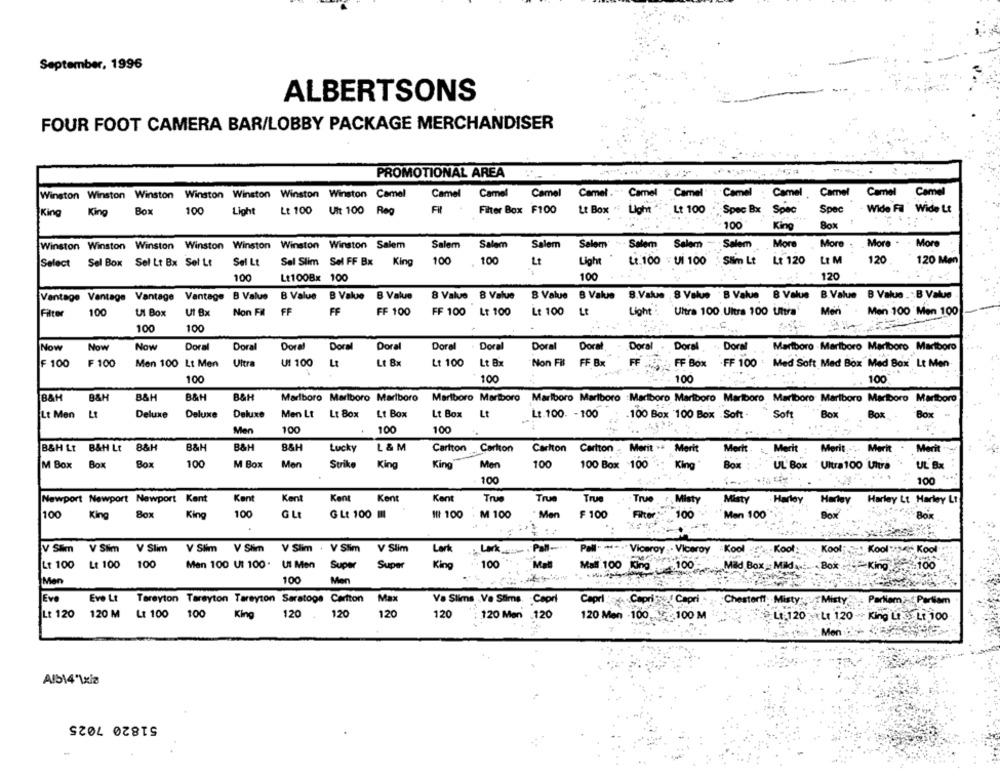
September, 1996
ALBERTSONS
FOUR FOOT CAMERA BAR/LOBBY PACKAGE MERCHANDISER
PROMOTIONAL AREA
Winston Winston Winston Winston Winston Winston Winston Camel
Camel
Camel
Camel Camel ." Camel "Camel : Camel : Camel , Camel Camel Camel
Box
100
Light Lt 100 Uit 100 Reg
Fil
Filter Box F100
Lt Box " Light " "Lt 100
Spec Bx Spec
Spec - Wide Fa Wide Lt
King
King
100
King
80%
Winston Winston Winston Winston Winston Winston Winston Salem
Salem
Salem
Salem Selem +- Salem Salem - Salem
More
More : More . . More
Select Sel Box Sel Lt Bx Sol Lt
Sel Lt Sal Slim Sel FF Bx King
100
100
Lt
Light
Lt 100 . UI 100
Slim Lt Lt 120
LE M
120
120 Men
100
Lt100Bx 100
100
120
Vantage Vantage Vantage Vantage B Value
B Value B Value
B Value
8 Value B Value
B Value B Value
8.Value . 8 Value . B Value B Value B.Value B Value .: B Value
100
UI Box
UI Bx
Non FI FF
FF
FF 100
FF 100 Lt 100
Lt 100 Lt
Light
Ultra 100 Ultra 100 Uhra'
Men
Men 100 Men 100
Filter
100
100
Now
Now
Now
Doral
Doral
Doral
Doral
Doral
Doral
Doral
Doral
Doral
Doral
Doral
.. Doral
Martboro - Marlboro Mariboro Martboro
F 100
F 100
Men 100 Lt Men Ultra
UI 100
Lt
Lt Bx
Lt 100
Lt Bx
Non Fi FF Bx
FF
FF Box .FF 100 : Med Soft Med Box Med Box Lt Men
100
100
100
100
B&H
B&H
B&H
B&H
B&H
Marlboro Marlboro Marlboro
Marlboro Marlboro Marlboro Marlboro :Marlboro Marlboro Mariboro Marlboro Marlboro Marlboro Marlboro
Lt Men
Lt
Deluxe
Deluxe
Deluxe
Men Lt Lt Box
Lt Box
Lt Box Lt
Lt.100. - 100
.100 Box 100 Box .Soft -
Soft
Bo
Box
Box
100
Men
100
100
B&H Lt B&H Lt 8&H
B&H
B&H
8&H
Lucky
L & M
Carlton Carlton
Carlton Cartton . Merit .. Merit
Merit
Merit : Merit :. Marit
Merit :. Marit .
Merit :. Marit .
Merit
M Box Box
Box
100
M Box
Men
Strike
King
King
Men
100
100 Box 100
King
Box
UL Box Ultra100 Ultra
UL Bx
100
100
Newport Newport Newport Kent
Kant
Kent
Kent
Kent
Kent
True
True
True
True
Misty
Misty
. Harley
Harley
True , Misty
Harley Lt Harley Lt
100
100
M 100
Filter"
Box
King
8ox
King
G Lt
GLt 100 m
IN 100
. Men
₣ 100
100
Men 100
Box
BOK
V Slim V Slim V Slim V Slim V Slim V Slim . V Slim V Slim
Lark
Lark
-Pan-
Pall
--
.* Viceroy . Viceroy - Kool
.Kool
Kool ! Kool ses Kool
Lt 100 Lt 100 100
Men 100 Ut 100. UI Men Super
Super
King
. 100
Mall 100 King
100
Mad Box _: Mild ...... Bok King100
Mad
Men
100
Men
LEve
Eve Lt
Tereyton Tarayton Tareyton Saratoga Carlton
Max
Va Slims .Ve Stims. Capri
Capri og. Capri se / Capri -
Capri Chesterff Misty:
Misty: +Misty Parkiem - Parliam
Lt 120
120 M
Lt 100 100
King
120
120
120
120
120 Men 120
120 Men - 100100 M
100 M
2Lt 120 y Lt 120 - King Lt :Lt 100
Men
Alb14'\xia
51820 7025